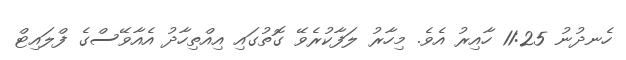
ހެނދުނު 11:25 ހާއިރު އެވެ. މިހާރު ލަފާކުރެވޭ ގޮތުގައި އިއްތިހާދު އެއާވޭސްގެ ފްލައިޓް